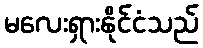
မလေးရှားနိုင်ငံသည်